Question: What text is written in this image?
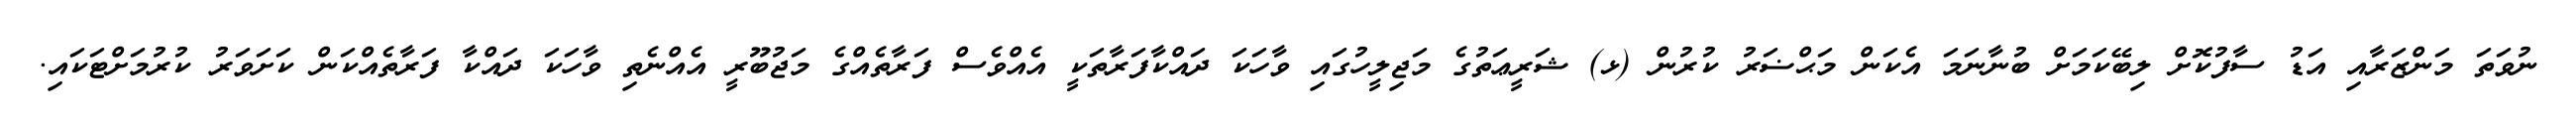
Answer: ނުވަތަ މަންޒަރާއި އަޑު ސާފުކޮށް ލިބޭކަމަށް ބުނާނަމަ އެކަން މަޙްޟަރު ކުރުން (ޅ) ޝަރީޢަތުގެ މަޖިލީހުގައި ވާހަކަ ދައްކާފަރާތަކީ އެއްވެސް ފަރާތެއްގެ މަޖުބޫރީ އެއްނެތި ވާހަކަ ދައްކާ ފަރާތެއްކަން ކަށަވަރު ކުރުމަށްޓަކައި.